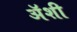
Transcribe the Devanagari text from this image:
अॅशी